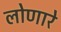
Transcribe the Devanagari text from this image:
लोणारे